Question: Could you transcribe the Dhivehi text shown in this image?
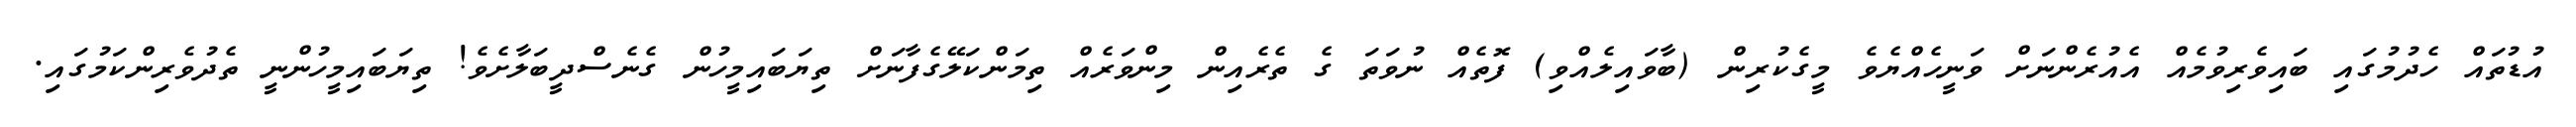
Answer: އުޑުތައް ހެދުމުގައި ބައިވެރިވުމެއް އެއުރެންނަށް ވަނީހެއްޔެވެ މީގެކުރިން (ބާވައިލެއްވި) ފޮތެއް ނުވަތަ ގެ ތެރެއިން މިންވަރެއް ތިމަންކަލޭގެފާނަށް ތިޔަބައިމީހުން ގެނެސްދީބަލާށެވެ! ތިޔަބައިމީހުންނީ ތެދުވެރިންކަމުގައި.